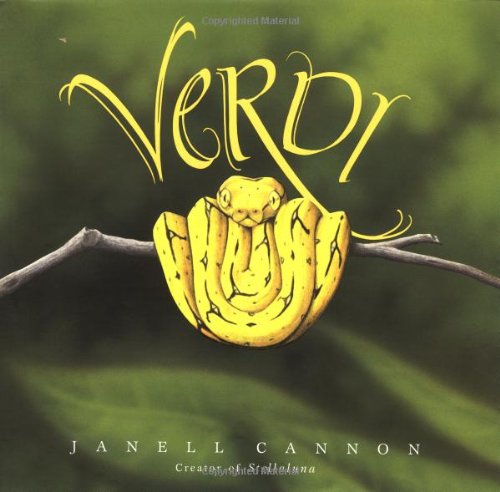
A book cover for Verdi; Janell Cannon; Children's Books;